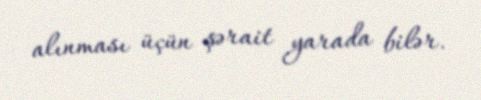
alınması üçün şərait yarada bilər.